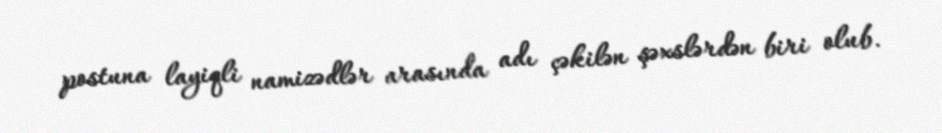
postuna layiqli namizədlər arasında adı çəkilən şəxslərdən biri olub.